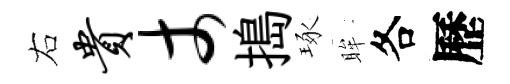
右贵丈搗琢眸各歷